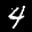
Label: 4